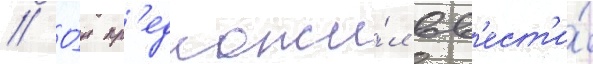
// О́н пр'едложи́л вв'ест'и́